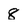
Character: 8